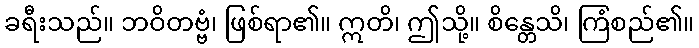
ခရီးသည်။ ဘဝိတဗ္ဗံ၊ ဖြစ်ရာ၏။ ဣတိ၊ ဤသို့။ စိန္တေသိ၊ ကြံစည်၏။